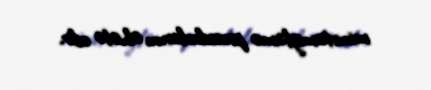
minatəmizləmə prosedurlarını əhətə edir.